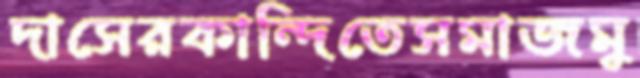
দাসেরকান্দিতেসমাজমু